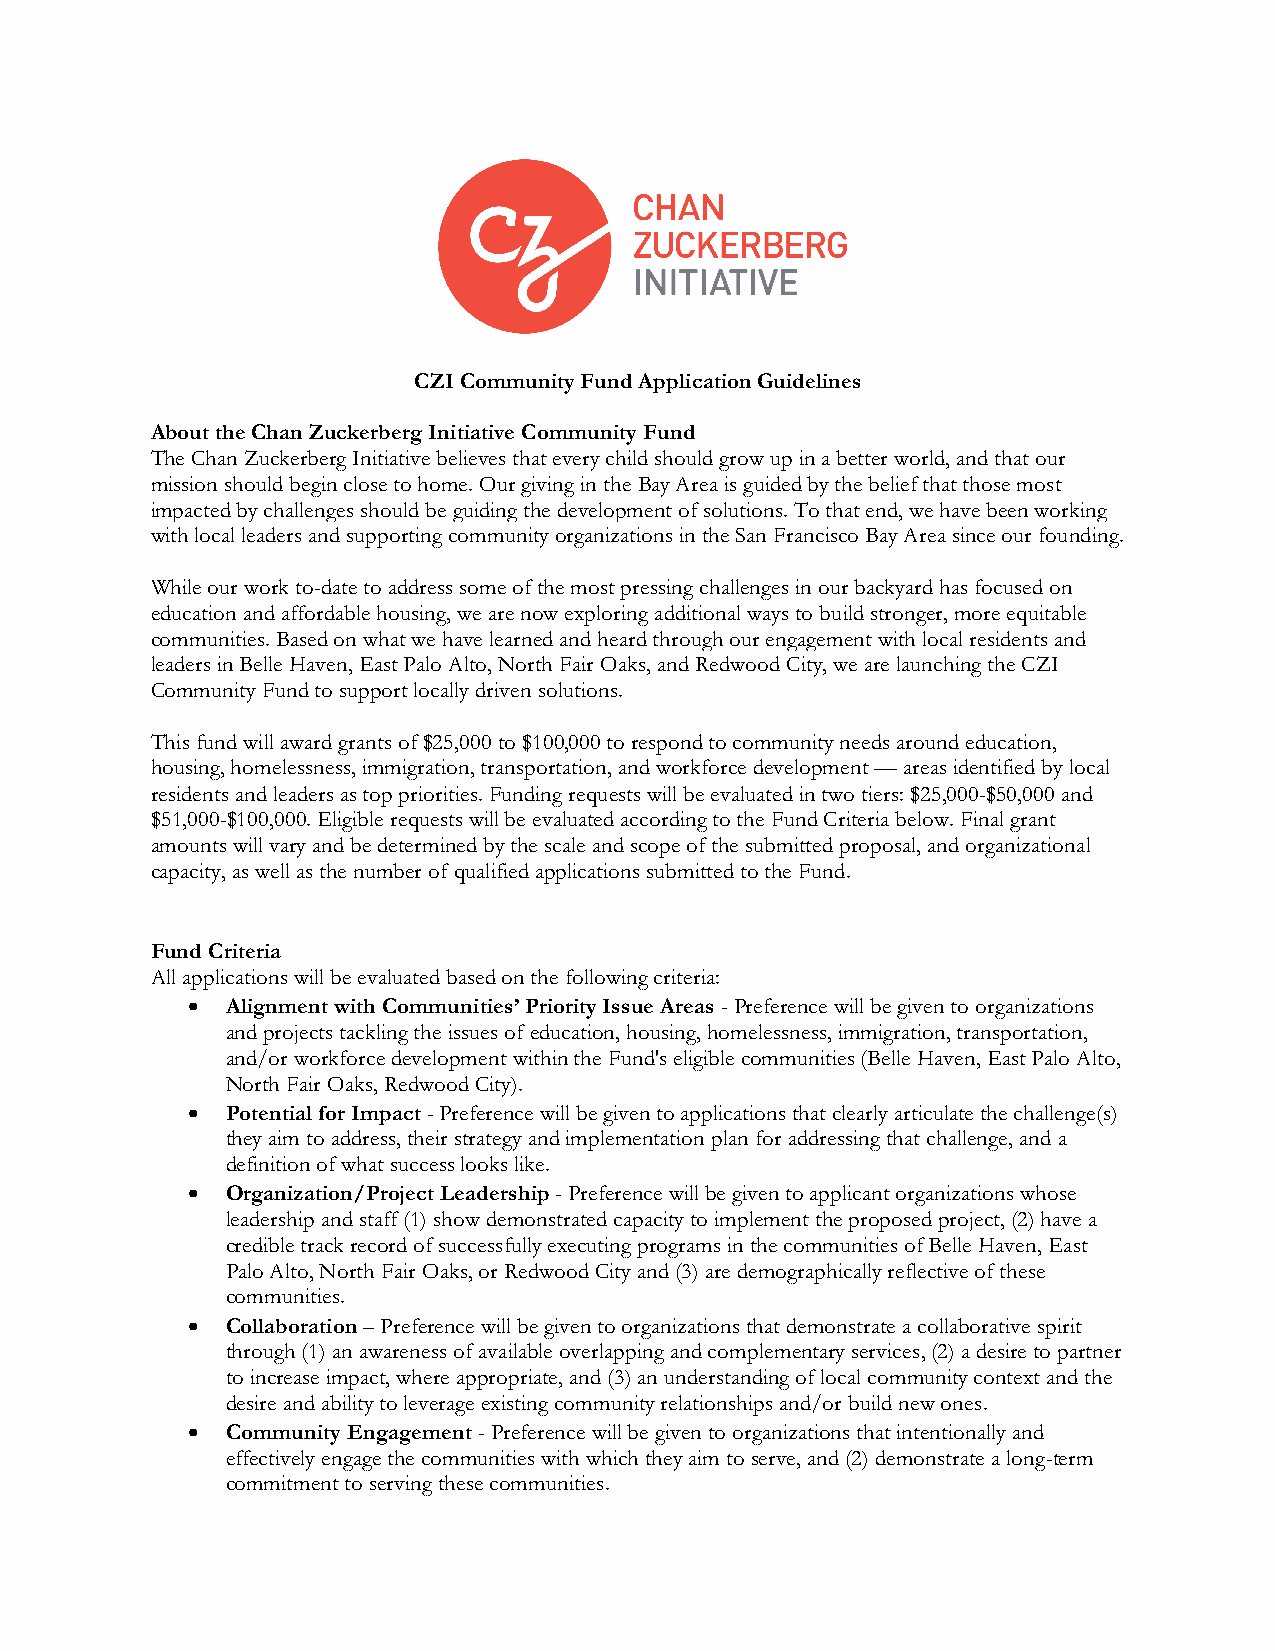
CZI Community Fund Application Guidelines
 About the Chan Zuckerberg Initiative Community Fund
 The Chan Zuckerberg Initiative believes that every child should grow up in a better world, and that our
 mission should begin close to home. Our giving in the Bay Area is guided by the belief that those most
 impacted by challenges should be guiding the development of solutions. To that end, we have been working
 with local leaders and supporting community organizations in the San Francisco Bay Area since our founding.
 While our work to-date to address some of the most pressing challenges in our backyard has focused on
 education and affordable housing, we are now exploring additional ways to build stronger, more equitable
 communities. Based on what we have learned and heard through our engagement with local residents and
 leaders in Belle Haven, East Palo Alto, North Fair Oaks, and Redwood City, we are launching the CZI
 Community Fund to support locally driven solutions.
 This fund will award grants of $25,000 to $100,000 to respond to community needs around education,
 housing, homelessness, immigration, transportation, and workforce development — areas identified by local
 residents and leaders as top priorities. Funding requests will be evaluated in two tiers: $25,000-$50,000 and
 $51,000-$100,000. Eligible requests will be evaluated according to the Fund Criteria below. Final grant
 amounts will vary and be determined by the scale and scope of the submitted proposal, and organizational
 capacity, as well as the number of qualified applications submitted to the Fund.
 Fund Criteria
 All applications will be evaluated based on the following criteria:
 •  Alignment with Communities’ Priority Issue Areas - Preference will be given to organizations
 and projects tackling the issues of education, housing, homelessness, immigration, transportation,
 and/or workforce development within the Fund's eligible communities (Belle Haven, East Palo Alto,
 North Fair Oaks, Redwood City).
 •  Potential for Impact - Preference will be given to applications that clearly articulate the challenge(s)
 they aim to address, their strategy and implementation plan for addressing that challenge, and a
 definition of what success looks like.
 •  Organization/Project Leadership - Preference will be given to applicant organizations whose
 leadership and staff (1) show demonstrated capacity to implement the proposed project, (2) have a
 credible track record of successfully executing programs in the communities of Belle Haven, East
 Palo Alto, North Fair Oaks, or Redwood City and (3) are demographically reflective of these
 communities.
 •  Collaboration – Preference will be given to organizations that demonstrate a collaborative spirit
 through (1) an awareness of available overlapping and complementary services, (2) a desire to partner
 to increase impact, where appropriate, and (3) an understanding of local community context and the
 desire and ability to leverage existing community relationships and/or build new ones.
 •  Community Engagement - Preference will be given to organizations that intentionally and
 effectively engage the communities with which they aim to serve, and (2) demonstrate a long-term
 commitment to serving these communities.